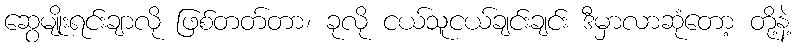
ဆွေမျိုးရင်းချာလို ဖြစ်တတ်တာ၊ ခုလို ငယ်သူငယ်ချင်းချင်း ဒီမှာလာဆုံတော့ တို့နဲ့